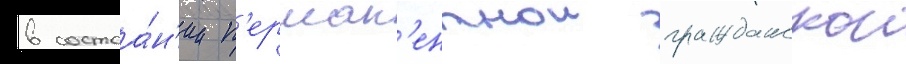
в состоа́н'ии п'ерман'ентнои гражданскои